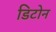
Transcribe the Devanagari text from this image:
डिटोन